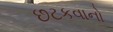
છટકવાનો